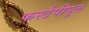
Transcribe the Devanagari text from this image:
फर्स्टपीपुल